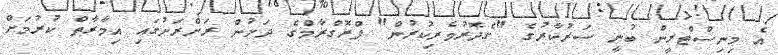
އެ މިނިސްޓްރީން ބުނީ ސަރުކާރުގެ "ގެދޮރުވެރިކުރުން" ޕްރޮގްރާމްގެ ދަށުން ރަށްރަށުގައި އިމާރާތް ކުރުމަށް